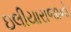
ઇલીયારાજાનો